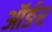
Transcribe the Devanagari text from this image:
ऑर्ङर